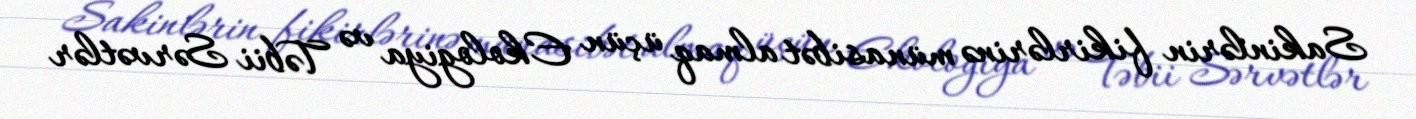
Sakinlərin fikirlərinə münasibət almaq üçün Ekologiya və Təbii Sərvətlər